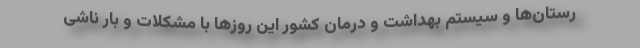
رستان‌ها و سیستم بهداشت و درمان کشور این روزها با مشکلات و بار ناشی